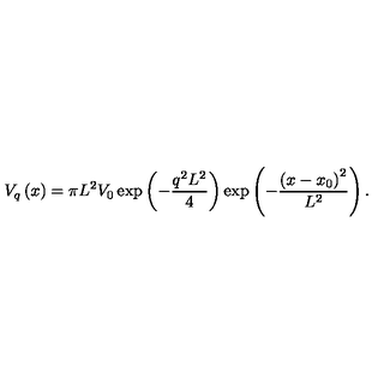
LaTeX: V _ { q } \left( x \right) = \pi L ^ { 2 } V _ { 0 } \exp \left( - \frac { q ^ { 2 } L ^ { 2 } } 4 \right) \exp \left( - \frac { \left( x - x _ { 0 } \right) ^ { 2 } } { L ^ { 2 } } \right) .